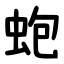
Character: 蚫